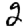
Digit: 2